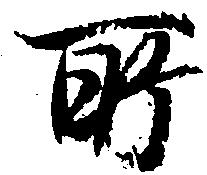
所